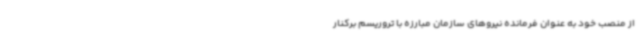
از منصب خود به عنوان فرمانده نیروهای سازمان مبارزه با تروریسم برکنار